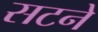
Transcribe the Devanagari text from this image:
सटने